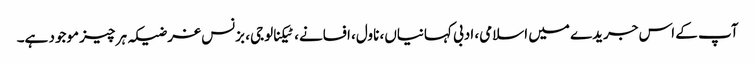
آپ کے اس جریدے میں اسلامی، ادبی کہانیاں، ناول، افسانے، ٹیکنالوجی، بزنس غرضیکہ ہر چیز موجود ہے۔